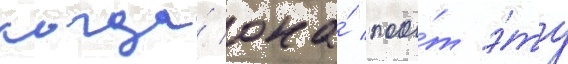
когда́ она́ поо́т э́ту